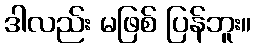
ဒါလည်း မဖြစ် ပြန်ဘူး။